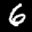
Label: 6